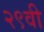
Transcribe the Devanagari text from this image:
२९वी